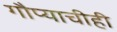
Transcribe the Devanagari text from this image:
गौप्याचीही